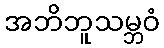
အဘိဘူသမ္ဘဝံ